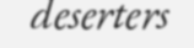
deserters